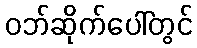
ဝဘ်ဆိုက်ပေါ်တွင်